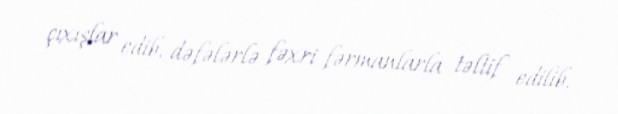
çıxışlar edib, dəfələrlə fəxri fərmanlarla təltif edilib.